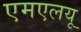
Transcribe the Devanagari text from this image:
एमएलयू